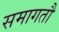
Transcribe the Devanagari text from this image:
समागतौ